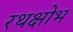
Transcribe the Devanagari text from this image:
रथक्षोभ